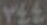
YEE